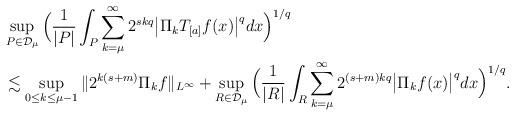
LaTeX: \begin{align*}&\sup_{P\in\mathcal{D}_{\mu}}\Big(\frac{1}{|P|}\int_P\sum_{k=\mu}^{\infty}{2^{skq} \big|\Pi_kT_{[a]}f(x) \big|^q}dx \Big)^{1/q}\\&\lesssim\sup_{0\leq k\leq \mu-1}{\Vert 2^{k(s+m)}\Pi_kf \Vert_{L^{\infty}}}+\sup_{R\in\mathcal{D}_{\mu}}\Big(\frac{1}{|R|}\int_R\sum_{k=\mu}^{\infty}{2^{(s+m)kq} \big|\Pi_kf(x) \big|^q} dx\Big)^{1/q}.\end{align*}